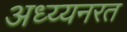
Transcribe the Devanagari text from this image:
अध्य्यनरत